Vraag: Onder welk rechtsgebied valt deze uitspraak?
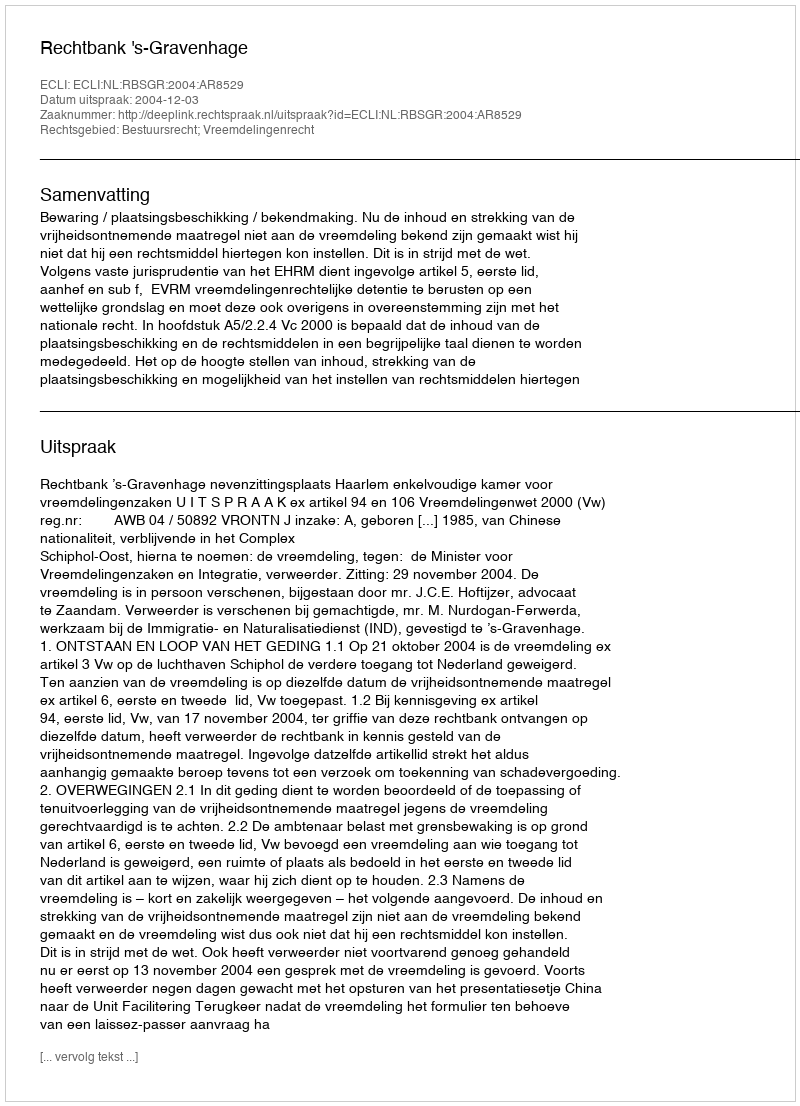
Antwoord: Bestuursrecht; Vreemdelingenrecht